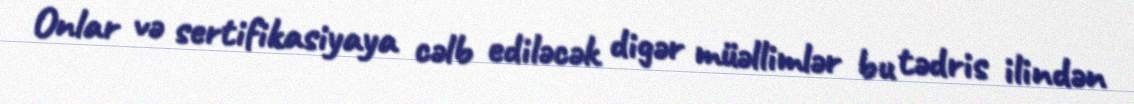
Onlar və sertifikasiyaya cəlb ediləcək digər müəllimlər bu tədris ilindən